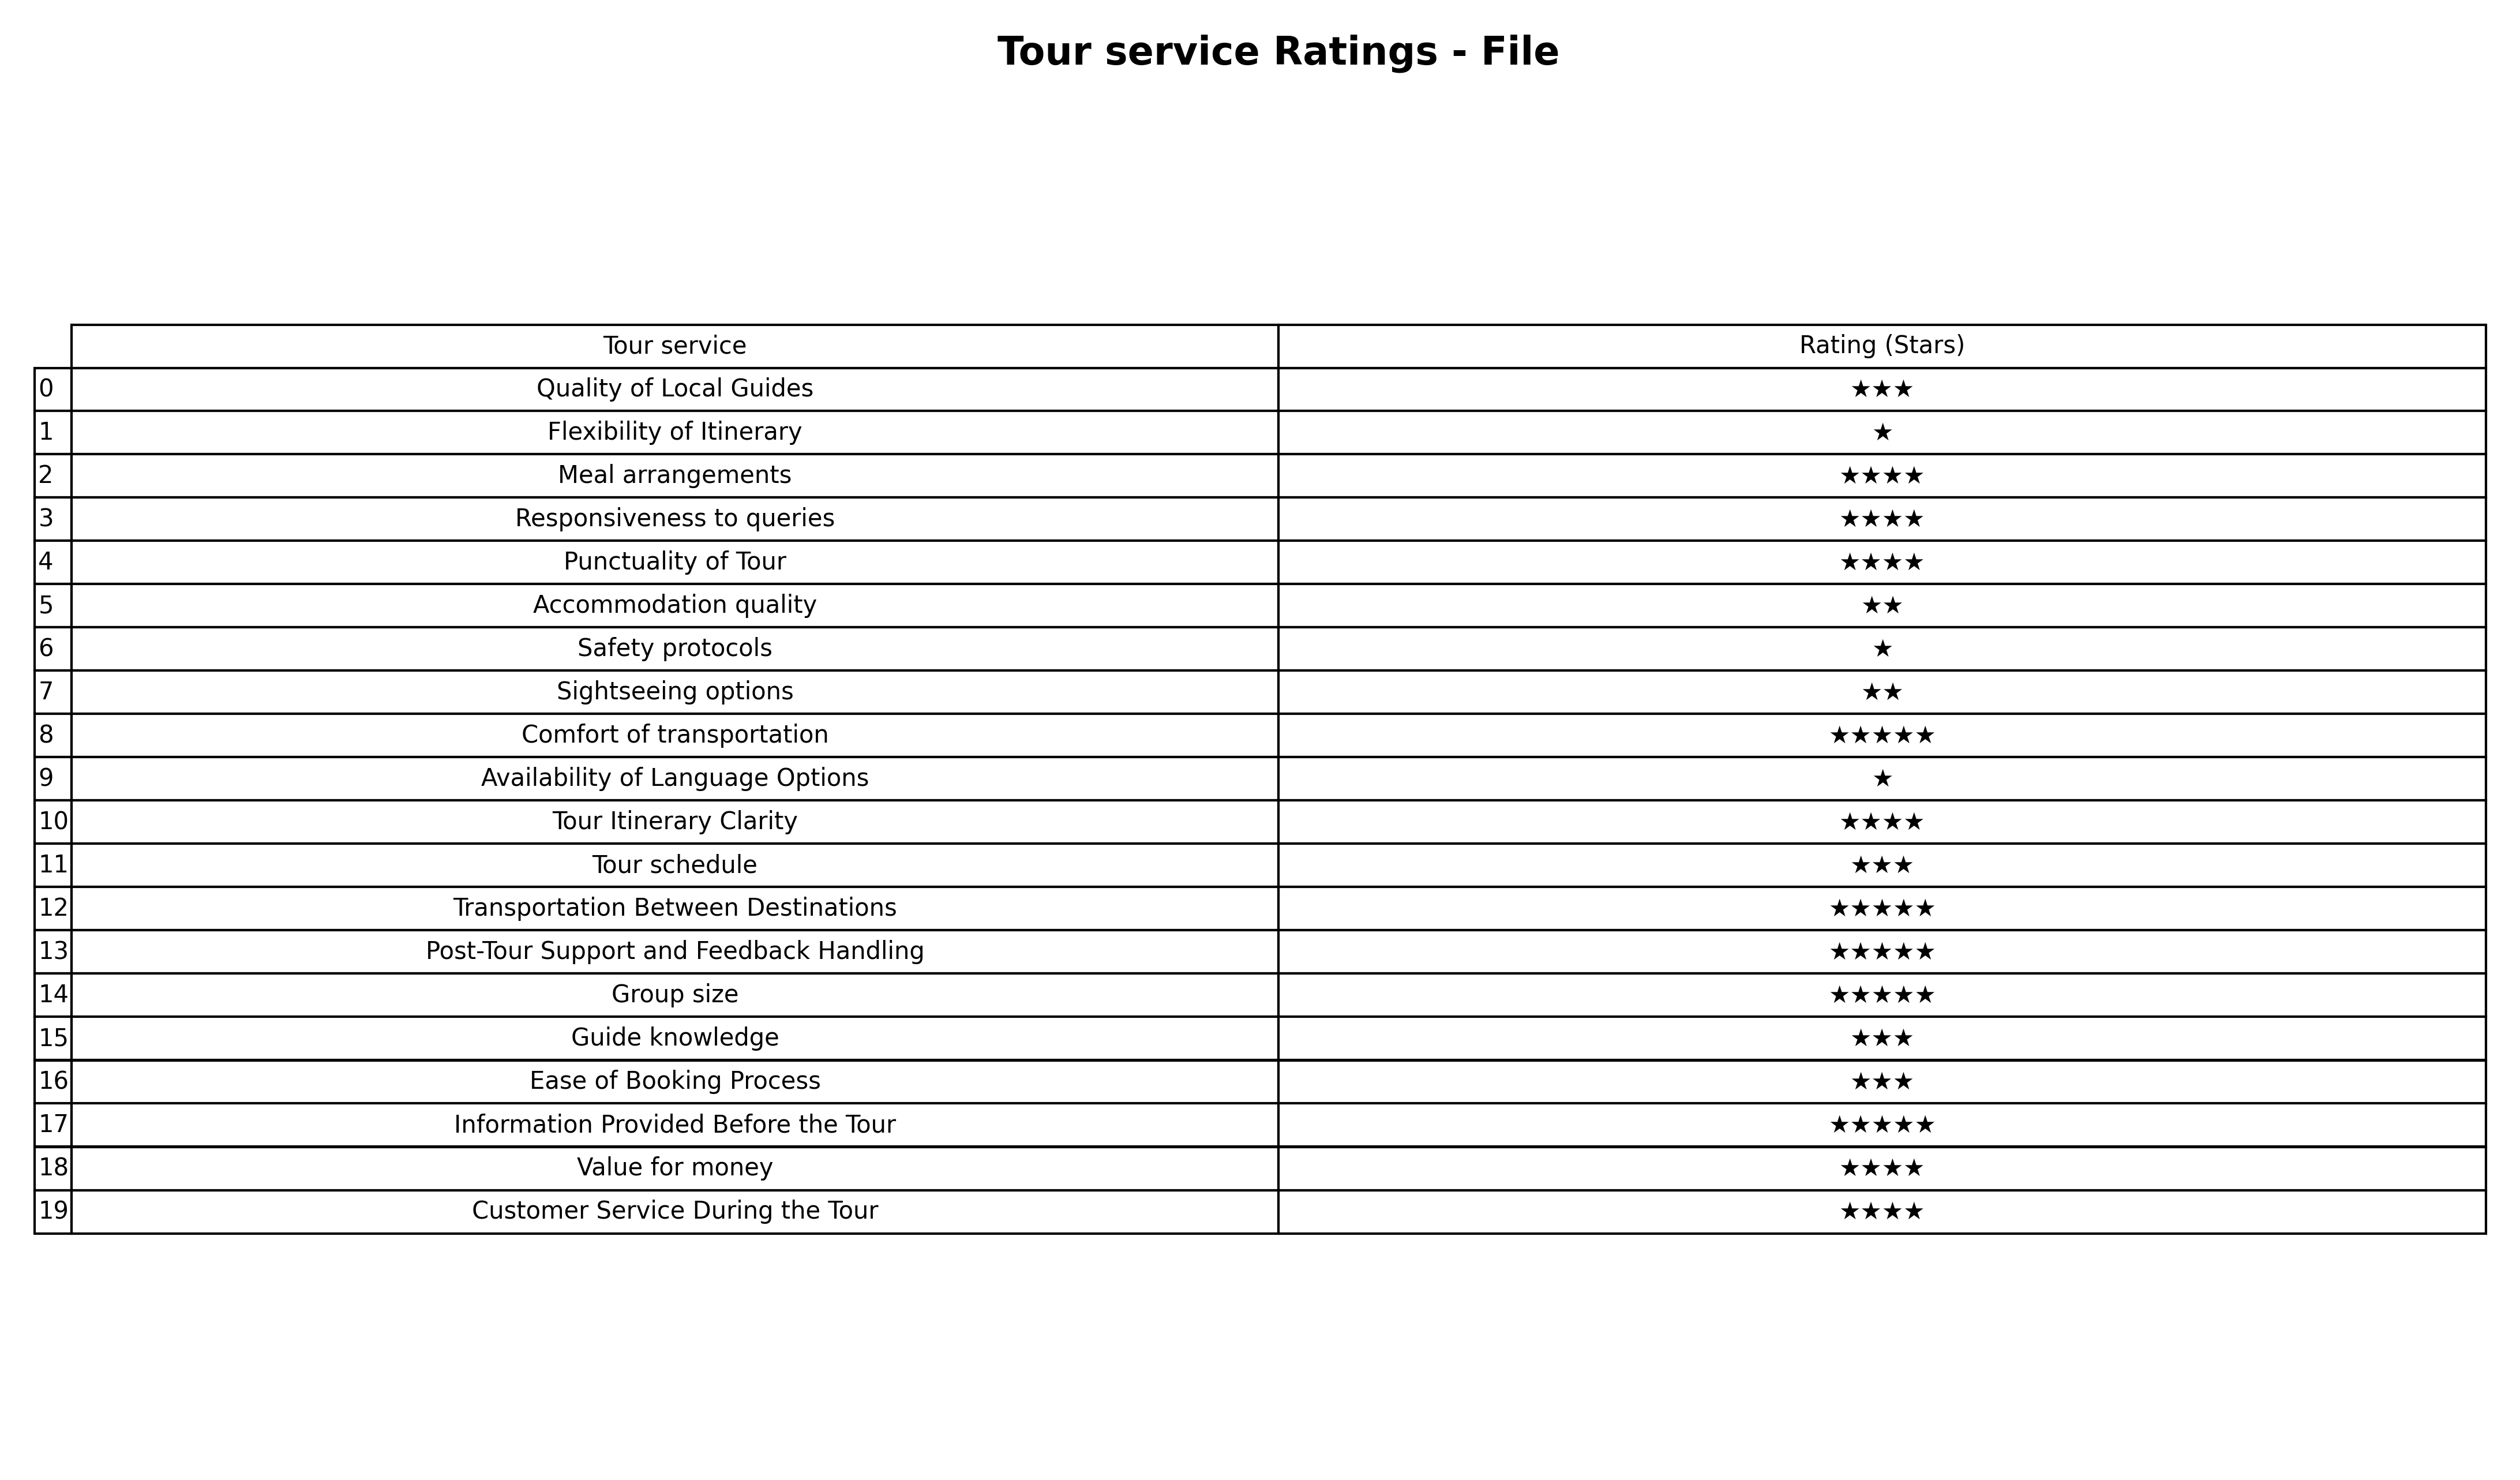
question: What is the rating of Transportation Between Destinations?
answer: ★★★★★